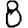
Digit: 8